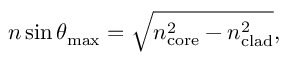
n \sin \theta _ { \operatorname* { m a x } } = { \sqrt { n _ { \mathrm { c o r e } } ^ { 2 } - n _ { \mathrm { c l a d } } ^ { 2 } } } ,